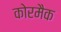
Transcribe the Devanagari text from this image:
कोरमैक